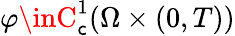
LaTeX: \varphi\inC_{\mathsf{c}}^{1}(\Omega\times(0,T))